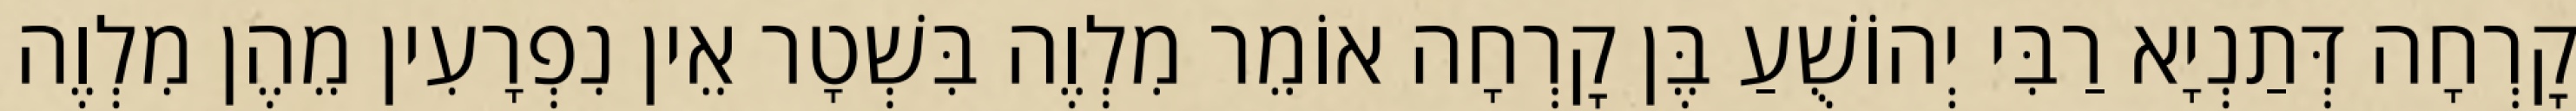
קׇרְחָה דְּתַנְיָא רַבִּי יְהוֹשֻׁעַ בֶּן קׇרְחָה אוֹמֵר מִלְוֶה בִּשְׁטָר אֵין נִפְרָעִין מֵהֶן מִלְוֶה